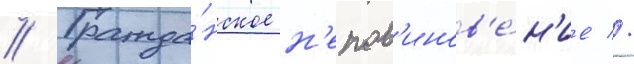
// Гражда́нское н'епов'инов'е́н'ие //